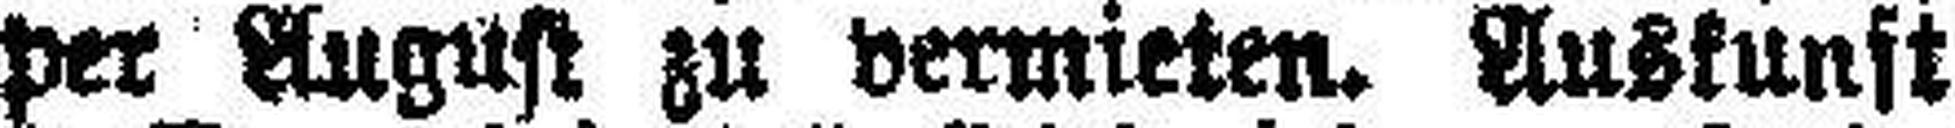
per August zu vermieten. Auskunft